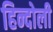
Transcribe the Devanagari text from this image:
हिन्दोली